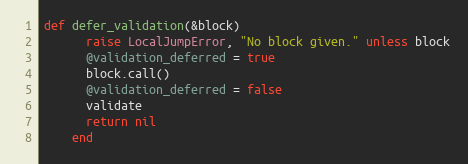
Language: Ruby
def defer_validation(&block)
      raise LocalJumpError, "No block given." unless block
      @validation_deferred = true
      block.call()
      @validation_deferred = false
      validate
      return nil
    end